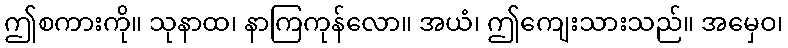
ဤစကားကို။ သုနာထ၊ နာကြကုန်လော။ အယံ၊ ဤကျေးသားသည်။ အမှေဝ၊